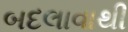
બદલાવાથી